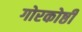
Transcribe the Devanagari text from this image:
गोरकोष्ठी